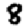
Digit: 8